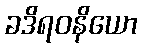
ခဒိရဝနိယော